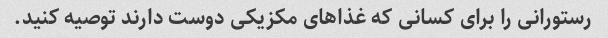
رستورانی را برای کسانی که غذاهای مکزیکی دوست دارند توصیه کنید.